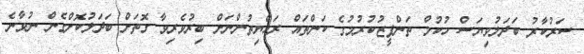
ސަރުކާރު ބަދަލުވިޔަސް ހުކުމް ތަންފީޒުކުރުމުގެ ކަންތައް ރައްޔިތުންނަށް ބިރުވެރިވާ ގޮތަށް ބަދަލުކޮށްގެން ނުވާނެ